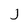
Character: J